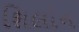
શિલોન